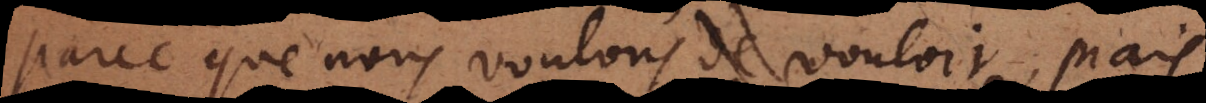
parce que nous voulons vouloir, mais